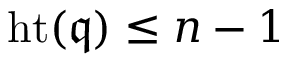
\operatorname { h t } ( { \mathfrak { q } } ) \leq n - 1